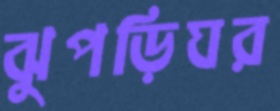
ঝুপড়িঘর